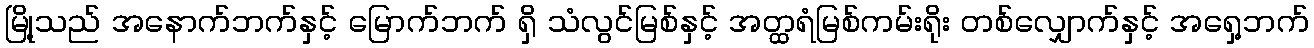
မြို့သည် အနောက်ဘက်နှင့် မြောက်ဘက် ရှိ သံလွင်မြစ်နှင့် အတ္ထရံမြစ်ကမ်းရိုး တစ်လျှောက်နှင့် အရှေ့ဘက်